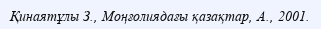
Қинаятұлы З., Моңғолиядағы қазақтар, А., 2001.